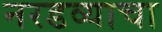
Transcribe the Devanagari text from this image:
नरडव्याचा